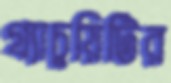
গ্র্যাচুয়িটির